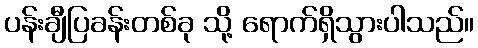
ပန်းချီပြခန်းတစ်ခု သို့ ရောက်ရှိသွားပါသည်။